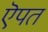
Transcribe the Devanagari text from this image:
ऎपत